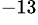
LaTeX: ^{-13}